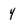
Character: 4